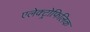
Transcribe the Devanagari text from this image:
एलेक्ट्रोफिलिक